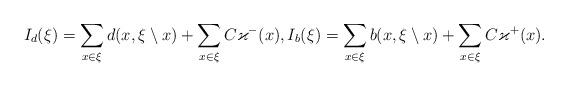
LaTeX: \begin{align*}I_d(\xi)= \sum_{x\in\xi} d(x,\xi\setminus x) + \sum_{x\in\xi} C\varkappa^-(x),I_b(\xi)= \sum_{x\in\xi} b(x,\xi\setminus x) + \sum_{x\in\xi} C\varkappa^+(x).\end{align*}